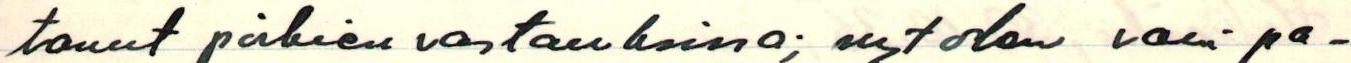
tanut poikien vastauksissa; nyt olen vain pa-